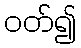
ဝတ်၍